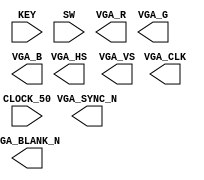
module m3
    (
        CLOCK_50,
        KEY,
        SW,
		VGA_CLK,   						//	VGA Clock
		VGA_HS,							//	VGA H_SYNC
		VGA_VS,							//	VGA V_SYNC
		VGA_BLANK_N,					//	VGA BLANK
		VGA_SYNC_N,						//	VGA SYNC
		VGA_R,   						//	VGA Red[9:0]
		VGA_G,	 						//	VGA Green[9:0]
		VGA_B   						//	VGA Blue[9:0]
    );
    input           CLOCK_50;
    input   [1:0]   KEY;
    input   [3:0]   SW;

    output			VGA_CLK;   				//	VGA Clock
	output			VGA_HS;					//	VGA H_SYNC
	output			VGA_VS;					//	VGA V_SYNC
	output			VGA_BLANK_N;			//	VGA BLANK
	output			VGA_SYNC_N;				//	VGA SYNC
	output	[9:0]	VGA_R;   				//	VGA Red[9:0]
	output	[9:0]	VGA_G;	 				//	VGA Green[9:0]
	output	[9:0]	VGA_B;   				//	VGA Blue[9:0]

    wire resetn;
    wire go;

    assign go = ~KEY[1];
    assign resetn = KEY[0];

    wire [2:0] colour;
    // outputs of the VGA
    wire [7:0] x;
    wire [6:0] y;
    wire writeEn;

//    vga_adapter VGA(
//        .resetn(resetn),
//        .clock(CLOCK_50),
//        .colour(colour),
//        .x(x),
//        .y(y),
//        .plot(writeEn),           // draw x and y with color if set
//        .VGA_R(VGA_R),
//        .VGA_G(VGA_G),
//        .VGA_B(VGA_B),
//        .VGA_HS(VGA_HS),
//        .VGA_VS(VGA_VS),
//        .VGA_BLANK(VGA_BLANK_N),
//        .VGA_SYNC(VGA_SYNC_N),
//        .VGA_CLK(VGA_CLK));
//    defparam VGA.RESOLUTION = "160x120";
//    defparam VGA.MONOCHROME = "FALSE";
//    defparam VGA.BITS_PER_COLOUR_CHANNEL = 1;
//    defparam VGA.BACKGROUND_IMAGE = "black.mif";

    wire [7:0] data_result;
    wire [3:0] digs, decoder_in, encoding;
    wire [5:0] braille;

    wire ld_dig;

    wire done;

    wire loop;
    
    wire load;
    wire draw;

    wire [7:0] x_in;
    wire [6:0] y_in;
    
    wire ld_a, ld_b, ld_x;
    wire ld_t;
    wire ld_c;
    wire ld_op;
    wire ld_q;
    wire ld_r, ld_r_r, ld_op_reg;
    wire [1:0] ld_r_reg, ld_op_reg_op;
    wire ld_alu_out;
    wire [2:0] alu_select_a, alu_select_b;
    wire [2:0] alu_op;

    // takes in braille encoding and a location to start drawing
    // decode braille, and start drawing based on location and color
    vga_datapath vd0(
        .clk(CLOCK_50),
        .resetn(resetn),
        .load(load),
        .draw(draw),
        .x_in(x_in),
        .y_in(y_in),
        .braille(braille),
        .done(done),
        .x_out(x),
        .y_out(y),
        .clr_out(colour)
    );

    digs dig0(
        .data_result(data_result),
        .dig_num(dig_num),

        .dig(encoding)
    );

    // the calculator
    datapath d0(
        .clk(clk),
        .resetn(resetn),

        .data_in(SW[3:0]),

        .ld_a(ld_a),
        .ld_b(ld_b),
        .ld_x(ld_x),

        .ld_t(ld_t),

        .ld_c(ld_c),

        .ld_op(ld_op),

        .ld_q(ld_q),

        .ld_r(ld_r),

        .ld_r_r(ld_r_r),

        .ld_op_reg(ld_op_reg),

        .ld_r_reg(ld_r_reg),

        .ld_op_reg_op(ld_op_reg_op),

        .ld_alu_out(ld_alu_out),

        .alu_select_a(alu_select_a),
        .alu_select_b(alu_select_b),

        .alu_op(alu_op),

        .loop(loop),

        .data_result(data_result)
    );

    // do calculation and draw the __ + __ = __
    vga_control vc(
        .clk(CLOCK_50),
        .resetn(resetn),
        .go(go),

        .done(done),

        .loop(loop),

        .load(load),
        .draw(draw),
        
        .x_in(x_in),
        .y_in(y_in),

        .ld_a(ld_a),
        .ld_b(ld_b),
        .ld_x(ld_x),

        .ld_t(ld_t),

        .ld_c(ld_c),

        .ld_op(ld_op),

        .ld_q(ld_q),

        .ld_r(ld_r),

        .ld_r_r(ld_r_r),

        .ld_op_reg(ld_op_reg),

        .ld_r_reg(ld_r_reg),

        .ld_op_reg_op(ld_op_reg_op),

        .ld_alu_out(ld_alu_out),

        .alu_select_a(alu_select_a),
        .alu_select_b(alu_select_b),

        .alu_op(alu_op),

        .ld_dig(ld_dig)
    );

    // convert 8 bit data encoding into braille
    mux_digs md(
        .data_result(data_result),
        .encoding(encoding),
        .ld_dig(ld_dig),
        .decoder_in(decoder_in)
    );

    // takes in 4 bit number, outputs 6 bit braille thing
    braille_decoder b0(
        .encoding(decoder_in),
        .decoding(braille)
    );

endmodule


module vga_control(
    input clk,
    input resetn,
    input go,

    input done,

    input loop,

    output reg load,
    output reg draw,

    output reg [7:0] x_in,
    output reg [6:0] y_in,

    output reg ld_a, ld_b, ld_x,
    output reg ld_t,
    output reg ld_c,
    output reg ld_op,
    output reg ld_q,
    output reg ld_r, ld_r_r, ld_op_reg,
    output reg [1:0] ld_r_reg,
    output reg [1:0] ld_op_reg_op,
    output reg ld_alu_out,
    output reg [2:0] alu_select_a, alu_select_b,
    output reg [2:0] alu_op,

    output reg ld_dig
    );

    reg [5:0] current_state, next_state;

    localparam  LD_A            = 6'd0,
                LD_A_WAIT       = 6'd1,
                DRAW_A          = 6'd2,
                DRAW_A_WAIT     = 6'd3,
                LD_B            = 6'd4,
                LD_B_WAIT       = 6'd5,
                DRAW_B          = 6'd6,
                DRAW_B_WAIT     = 6'd7,
                LD_OP           = 6'd8,
                LD_OP_WAIT      = 6'd9,
                DRAW_OP         = 6'd10,
                DRAW_OP_WAIT    = 6'd11,
                DRAW_EQ         = 6'd12,
                DRAW_EQ_WAIT    = 6'd13,
                ADD             = 6'd14,
                SUB             = 6'd15,
                MUL             = 6'd16,
                PRE_DIV         = 6'd17,
                DIV_0           = 6'd18,
                DIV_1           = 6'd19,
                DIV_2           = 6'd20,
                DIV_3           = 6'd21,
                DIV_4           = 6'd22,
                DIV_5           = 6'd23,
                DIV_6           = 6'd24,
                LD_DIV          = 6'd25,
                LD              = 6'd26,
                LD_R1           = 6'd27,
                DRAW_R1         = 6'd28,
                DRAW_R1_WAIT    = 6'd29,
                LD_R2           = 6'd30,
                DRAW_R2         = 6'd31,
                DRAW_R2_WAIT    = 6'd32;

    always @ (*) begin
        case(current_state)
            LD_A:           next_state = go     ? LD_A_WAIT     : LD_A;
            LD_A_WAIT:      next_state = go     ? LD_A_WAIT     : DRAW_A;
            DRAW_A:         next_state = DRAW_A_WAIT;
            DRAW_A_WAIT:    next_state = done   ? LD_B          : DRAW_A_WAIT;
            LD_B:           next_state = go     ? LD_B_WAIT     : LD_B;
            LD_B_WAIT:      next_state = go     ? LD_B_WAIT     : DRAW_B;
            DRAW_B:         next_state = DRAW_B_WAIT;
            DRAW_B_WAIT:    next_state = done   ? LD_OP         : DRAW_B_WAIT;
            LD_OP:          next_state = go     ? LD_OP_WAIT    : LD_OP;
            LD_OP_WAIT:     next_state = go     ? LD_OP_WAIT    : DRAW_OP;
            DRAW_OP:        next_state = DRAW_OP_WAIT;
            DRAW_OP_WAIT:   next_state = done   ? DRAW_EQ       : DRAW_OP_WAIT;
            DRAW_EQ:        next_state = DRAW_EQ_WAIT;
            DRAW_EQ_WAIT:   next_state = done   ? ADD           : DRAW_EQ_WAIT;
            ADD:            next_state = SUB;
            SUB:            next_state = MUL;
            MUL:            next_state = PRE_DIV;
            PRE_DIV:        next_state = DIV_0;
            DIV_0:          next_state = DIV_1;
            DIV_1:          next_state = DIV_2;
            DIV_2:          next_state = DIV_3;
            DIV_3:          next_state = DIV_4;
            DIV_4:          next_state = DIV_5;
            DIV_5:          next_state = DIV_6;
            DIV_6:          next_state = loop   ? DIV_0         : LD_DIV;
            LD_DIV:         next_state = LD;
            LD:             next_state = LD_R1;
            LD_R1:          next_state = DRAW_R1;
            DRAW_R1:        next_state = DRAW_R1_WAIT;
            DRAW_R1_WAIT:   next_state = done   ? LD_R2         : DRAW_R1_WAIT;
            LD_R2:          next_state = DRAW_R2;
            DRAW_R2:        next_state = DRAW_R2_WAIT;
            DRAW_R2_WAIT:   next_state = done   ? LD_A          : DRAW_R2_WAIT;
            default:        next_state = LD_A;
        endcase
    end

    // each braille box is 16 pixels wide in total, each square is 8 pixels wide
    localparam  A_X     = 8'd23,
                A_Y     = 7'd23,
                OP_X    = 8'd23 + 8'd16,
                OP_Y    = 7'd23,
                B_X     = 8'd23 + 8'd2 * 8'd16,
                B_Y     = 7'd23,
                EQ_X    = 8'd23 + 8'd3 * 8'd16,
                EQ_Y    = 7'd23,
                R1_X    = 8'd23 + 8'd4 * 8'd16,
                R1_Y    = 7'd23,
                R2_X    = 8'd23 + 8'd5 * 8'd16,
                R2_Y    = 7'd23;

    always @ (*) begin
        load            = 1'b0;
        draw            = 1'b0;

        x_in            = 8'b0;
        y_in            = 7'b0;
        
        ld_a            = 1'b0;
        ld_b            = 1'b0;
        ld_x            = 1'b0;
        
        ld_t            = 1'b0;

        ld_c            = 1'b0;

        ld_op           = 1'b0;

        ld_q            = 1'b0;

        ld_r            = 1'b0;
        ld_r_r          = 1'b0;
        ld_r_reg        = 2'b0;
        ld_op_reg       = 1'b0;
        
        ld_op_reg_op    = 2'b0;
        
        ld_alu_out      = 1'b0;
        
        alu_select_a    = 3'b0;
        alu_select_b    = 3'b0;

        alu_op          = 3'b0;

        ld_dig          = 1'b0;

        case (current_state)
            LD_A: begin
                ld_a        = 1'b1;
            end
            DRAW_A: begin
                // TODO: one clock cycle earlier?
                ld_r        = 1'b1;
                ld_r_r      = 1'b1;
                ld_r_reg    = 2'b00;

                load        = 1'b1;
                x_in        = A_X;
                y_in        = A_Y;
            end
            DRAW_A_WAIT: begin
                draw        = 1'b1;
            end
            LD_B: begin
                ld_b        = 1'b1;
            end
            DRAW_B: begin
                // TODO: one clock cycle earlier?
                ld_r        = 1'b1;
                ld_r_r      = 1'b1;
                ld_r_reg    = 2'b01;
                
                load        = 1'b1;
                x_in        = B_X;
                y_in        = B_Y;
            end
            DRAW_B_WAIT: begin
                draw        = 1'b1;
            end
            LD_OP: begin
                ld_op       = 1'b1;
            end
            DRAW_OP: begin
                // TODO: one clock cycle earlier?
                ld_r        = 1'b1;
                ld_r_r      = 1'b1;
                ld_r_reg    = 2'b10;

                load        = 1'b1;
                x_in        = OP_X;
                y_in        = OP_Y;
            end
            DRAW_OP_WAIT: begin
                draw        = 1'b1;
            end
            DRAW_EQ: begin                
                // TODO: one clock cycle earlier?
                ld_r        = 1'b1;
                ld_r_r      = 1'b1;
                ld_r_reg    = 2'b11;
                
                load        = 1'b1;
                x_in        = EQ_X;
                y_in        = EQ_Y;
            end
            DRAW_EQ_WAIT: begin
                draw        = 1'b1;
            end
            ADD: begin
                alu_select_a    = 3'd0;
                alu_select_b    = 3'd1;

                alu_op          = 3'd0;

                ld_op_reg       = 1'd1;
                ld_op_reg_op    = 2'd0;
            end
            SUB: begin
                alu_select_a    = 3'd0;
                alu_select_b    = 3'd1;

                alu_op          = 3'd1;

                ld_op_reg       = 1'd1;
                ld_op_reg_op    = 2'd1;
            end
            MUL: begin
                alu_select_a    = 3'd0;
                alu_select_b    = 3'd1;

                alu_op          = 3'd2;

                ld_op_reg       = 1'd1;
                ld_op_reg_op    = 2'd2;
            end
            PRE_DIV: begin
                ld_c            = 1'd1;  // set the clock counter to 0
            end
            DIV_0: begin
                alu_select_a    = 3'd2;
                alu_select_b    = 3'd0;

                alu_op          = 3'd3;

                ld_x            = 1'd1;
            end
            DIV_1: begin
                alu_select_a    = 3'd0;
                
                alu_op          = 3'd4;

                ld_alu_out      = 1'd1;
                ld_a            = 1'd1;
            end
            DIV_2: begin
                alu_select_a    = 3'd2;
                alu_select_b    = 3'd1;
                
                alu_op          = 3'd1;

                ld_x            = 1'd1;
            end
            DIV_3: begin
                alu_select_a    = 3'd2;

                alu_op          = 3'd5;

                ld_q            = 1'd1;
            end
            DIV_4: begin
                alu_select_a    = 3'd3;
                alu_select_b    = 3'd1;
                
                alu_op          = 3'd2;

                ld_t            = 1'd1;
            end
            DIV_5: begin
                alu_select_a    = 3'd2;
                alu_select_b    = 3'd4;

                alu_op          = 3'd0;

                ld_alu_out      = 1'd1;
                ld_x            = 1'd1;
            end
            DIV_6: begin
                alu_select_a    = 3'd0;
                alu_select_b    = 3'd3;

                alu_op          = 3'd6;

                ld_alu_out      = 1'd1;
                ld_a            = 1'd1;
            end
            LD_DIV: begin
                ld_op_reg       = 1'd1;
                ld_op_reg_op    = 2'd3;
            end 
            LD: begin
                ld_r            = 1'b1;
            end
            DRAW_R1: begin
                // TODO: ld_r_reg correctly?
                ld_dig          = 1'b1;
                load            = 1'b1;
                x_in            = R1_X;
                y_in            = R1_Y;
            end
            DRAW_R1_WAIT: begin
                draw            = 1'b1;
            end
            DRAW_R2: begin
                // TODO: ld_r_reg correctly?
                ld_dig          = 1'b1;
                load            = 1'b1;
                x_in            = R2_X;
                y_in            = R2_Y;
            end
            DRAW_R2_WAIT: begin
                draw            = 1'b1;
            end
        endcase
    end

    always @ (posedge clk) begin
        if (!resetn)
            current_state <= LD_A;
        else
            current_state <= next_state;
    end
endmodule


module vga_datapath(
    input clk,
    input resetn,
    input load,
    input draw,
    input [7:0] x_in,
    input [6:0] y_in,
    input [5:0] braille,
    
    // done signal for being done
    output reg done,
    // connects to the vga (see line 40)
    output [7:0] x_out,
    output [6:0] y_out,
    output reg [2:0] clr_out
    );
   
    localparam  BOX_SIZE    = 7'd8,     
                OFF_CLR     = 3'd0,         
                ON_CLR      = 3'd1;  

    // the x and y for the top left corner of the braille encoding
    // load x and y in once, extra y_reg
    reg [7:0] x_r;
    reg [6:0] y_r;
    
    // the x and y for which the offsets are calculated relative to
    reg [7:0] x_reg;
    reg [6:0] y_reg;

    // the x and y offsets
    // for each box, fill in the pixels
    reg [7:0] x_add;
    reg [6:0] y_add;

    // count which square we're on (don't do division)
    reg [2:0] sq;

    // count which pixel we're on in the current box
    reg [5:0] c;

    // get colour based on bits of braille
    reg [5:0] shift;
    reg clr_bit;

    always @ (posedge clk) begin
        if (!resetn) begin
            x_r <= 0;
            y_r <= 0;

            x_reg <= 0;
            y_reg <= 0;
            
            x_add <= 0;
            y_add <= 0;

            sq <= 0;
            c <= 0;

            shift <= 0;
            clr_bit <= 0;

            done <= 0;
        end
        else begin
            if (load) begin
                // draw a new braille encoding
                x_r <= x_in;
                y_r <= y_in;
                
                sq <= 0;
                c <= 0;
                
                // TODO: need to be synchronous?
                shift <= braille >> sq;
                clr_bit <= shift[0:0];

                done <= 0;
            end
            else if (draw) begin
                // TODO: modelsim for offby1!
                c <= c + 1;
                x_add <= {5'b00_000, c[2:0]};
                y_add <= {4'b00_00, c[5:3]};

                if (c == 6'd62) begin
                    // on this pos edge, we'll send a sig to draw the last pixel for the current box
                    
                    sq <= sq + 1;
                    x_reg <= x_r + {7'd0, sq[0:0]} * BOX_SIZE;
                    y_reg <= y_r + {5'd0, sq[2:1]} * BOX_SIZE; 
                    
                    if (sq == 3'd5)
                        done <= 1'd1;
                end
                
                // mux to get colour
                case (clr_bit) 
                    1'd0:   clr_out <= OFF_CLR;
                    1'd1:   clr_out <= ON_CLR;
                endcase
            end
        end
    end

    assign x_out = x_reg + x_add;
    assign y_out = y_reg + y_add;

endmodule


module datapath(
    input clk,
    input resetn,
    input [3:0] data_in,
    input ld_a, ld_b, ld_x, 
    input ld_t,
    input ld_c,
    input ld_op,
    input ld_q,
    input ld_r, ld_r_r, ld_op_reg,
    input [1:0] ld_r_reg,
    input [1:0] ld_op_reg_op, 
    input ld_alu_out,
    input [2:0] alu_select_a, alu_select_b,
    input [2:0] alu_op,
    output reg loop,
    output reg [7:0] data_result
    );

    // input registers
    reg [3:0] a, b, x;

    // special tmp reg for div
    reg [3:0] t;

    // count clock cycles for div
    reg [4:0] c;

    // op register
    reg [1:0] op;
    
    // special reg for div
    reg q;

    // output of the alu
    reg [7:0] alu_out;

    // op results
    reg [7:0] add, sub, mul, div;

    // alu input muxes
    reg [3:0] alu_a, alu_b;

    // load registers
    always @ (posedge clk) begin
        if (!resetn) begin
            a <= 4'd0;
            b <= 4'd0;
            x <= 4'd0;
            
            t <= 4'd0;

            c <= 5'd0;

            op <= 2'd0;
            
            q <= 1'd0;
        end
        else begin
            if (ld_a)
                a <= ld_alu_out ? alu_out[3:0] : data_in;
            if (ld_b)
                b <= data_in;
            if (ld_x)
                x <= alu_out[3:0];
            if (ld_op)
                op <= data_in[1:0];
            if (ld_q)
                q <= alu_out[3:3];
            if (ld_t)
                t <= alu_out[3:0];
            
            if (ld_c)
                c <= 5'd0;
            else
                c <= c + 5'd1; 
        end
    end

    // output result register
    always @ (posedge clk) begin
        if (!resetn) begin
            data_result <= 8'd0;
            
            add <= 8'd0;
            sub <= 8'd0;
            mul <= 8'd0;
            div <= 8'd0;

            loop <= 1'd0;
        end
        else begin
            if (ld_r) begin
                if (ld_r_r) begin
                    case (ld_r_reg)
                        2'b00: data_result <= {4'd0, a};
                        2'b01: data_result <= {4'd0, b};
                        2'b10: data_result <= {6'd0, op} + 8'd10; // OP, converted to our encoding
                        2'b11: data_result <= 8'd14; // EQ, converted to our encoding
                        default: data_result <= 8'd0;
                    endcase
                end
                else begin
                    case (op)
                        2'b00: data_result <= add;
                        2'b01: data_result <= sub;
                        2'b10: data_result <= mul;
                        2'b11: data_result <= div;
                    endcase
                end
            end
            if (ld_op_reg) begin
                case (ld_op_reg_op)
                    2'b00: add <= alu_out;
                    2'b01: sub <= alu_out;
                    2'b10: mul <= alu_out;
                    2'b11: div <= {4'd0, a};
                endcase
            end

            loop <= c < 5'd26;
        end
    end

    // The ALU input multiplexers
    always @(*)
    begin
        case (alu_select_a)
            3'd0:
                alu_a = a;
            3'd1:
                alu_a = b;
            3'd2:
                alu_a = x;
            3'd3:
                alu_a = {3'b000, q};
            3'd4:
                alu_a = t;
            default:
                alu_a = a;
        endcase

        case (alu_select_b)
            3'd0:
                alu_b = a;
            3'd1:
                alu_b = b;
            3'd2:
                alu_b = x;
            3'd3:
                alu_b = {3'b000, q};
            3'd4:
                alu_b = t;
            default:
                alu_b = a;
        endcase
    end

    // tmp reg for alu out
    reg [7:0] tmp;

    // The ALU
    always @(*)
    begin : ALU
        case (alu_op)
            3'd0:   alu_out = {4'd0, alu_a} + {4'd0, alu_b};
            3'd1:   alu_out = {4'd0, alu_a} - {4'd0, alu_b};
            3'd2:   alu_out = {4'd0, alu_a} * {4'd0, alu_b};
            3'd3:   
            begin
                    tmp = {alu_a, alu_b} << 1;
                    alu_out = {4'd0, tmp[7:4]}; 
            end
            3'd4:   alu_out = {4'd0, alu_a << 1};
            3'd5:   alu_out = {4'd0, alu_a};
            3'd6:   alu_out = {4'd0, alu_a[3:1], ~alu_b[0]};
        endcase
    end

endmodule


module digs(data_result, dig_num, dig);
    input [7:0] data_result;    // the number 
    input dig_num;              // which digit (1s or 10s)

    output reg [3:0] dig;           // the digit

    wire [7:0] m1, m2;

    assign m1 = data_result % 8'd10;
    assign m2 = (data_result / 8'd10) % 8'd10;  // in case it's three digs
    // TODO: will this synthesize to a lookup table? if not, hardcode it
    always @(*) begin
        case (dig_num)
            1'b0:   dig = m1[3:0];
            1'b1:   dig = m2[3:0];  
        endcase
    end

endmodule


module mux_digs(data_result, encoding, ld_dig, decoder_in);
    input [7:0] data_result;
    input [3:0] encoding;
    input ld_dig;

    output reg [3:0] decoder_in;

    always @(*) begin
        case(ld_dig)
            1'b0:   decoder_in = data_result[3:0];
            1'b1:   decoder_in = encoding;
        endcase
    end

endmodule


module braille_decoder(encoding, decoding);
    input [3:0] encoding;
    output reg [5:0] decoding;

    always @(*)
        case (encoding)
            // TODO: reverse raster scan
            // 1 if coloured in, raster scan order
            4'd0: decoding = 6'b00_0111;
            4'd1: decoding = 6'b00_1000;
            4'd2: decoding = 6'b00_1010;
            4'd3: decoding = 6'b00_1100;
            4'd4: decoding = 6'b00_1101;
            4'd5: decoding = 6'b00_1001;
            4'd6: decoding = 6'b00_1110;
            4'd7: decoding = 6'b00_1111;
            4'd8: decoding = 6'b00_1011;
            4'd9: decoding = 6'b00_0101;
            4'd10: decoding = 6'b01_0011;
            4'd11: decoding = 6'b00_0011;
            4'd12: decoding = 6'b10_0001;
            4'd13: decoding = 6'b01_0010;
            4'd14: decoding = 6'b11_1111;
        endcase
endmodule